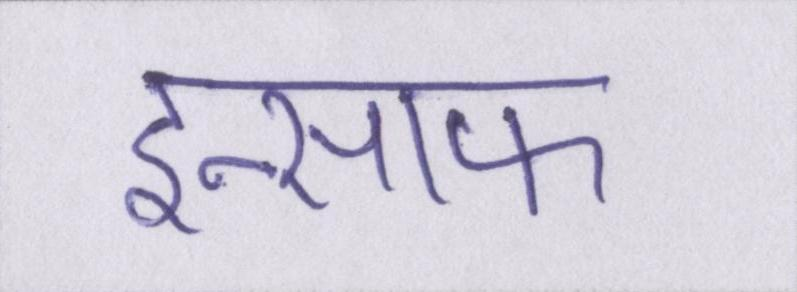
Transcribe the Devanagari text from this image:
इन्साफ